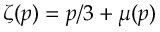
\zeta ( p ) = p / 3 + \mu ( p )